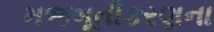
મજબૂતીકરણના